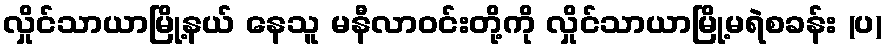
လှိုင်သာယာမြို့နယ် နေသူ မနီလာဝင်းတို့ကို လှိုင်သာယာမြို့မရဲစခန်း (ပ)